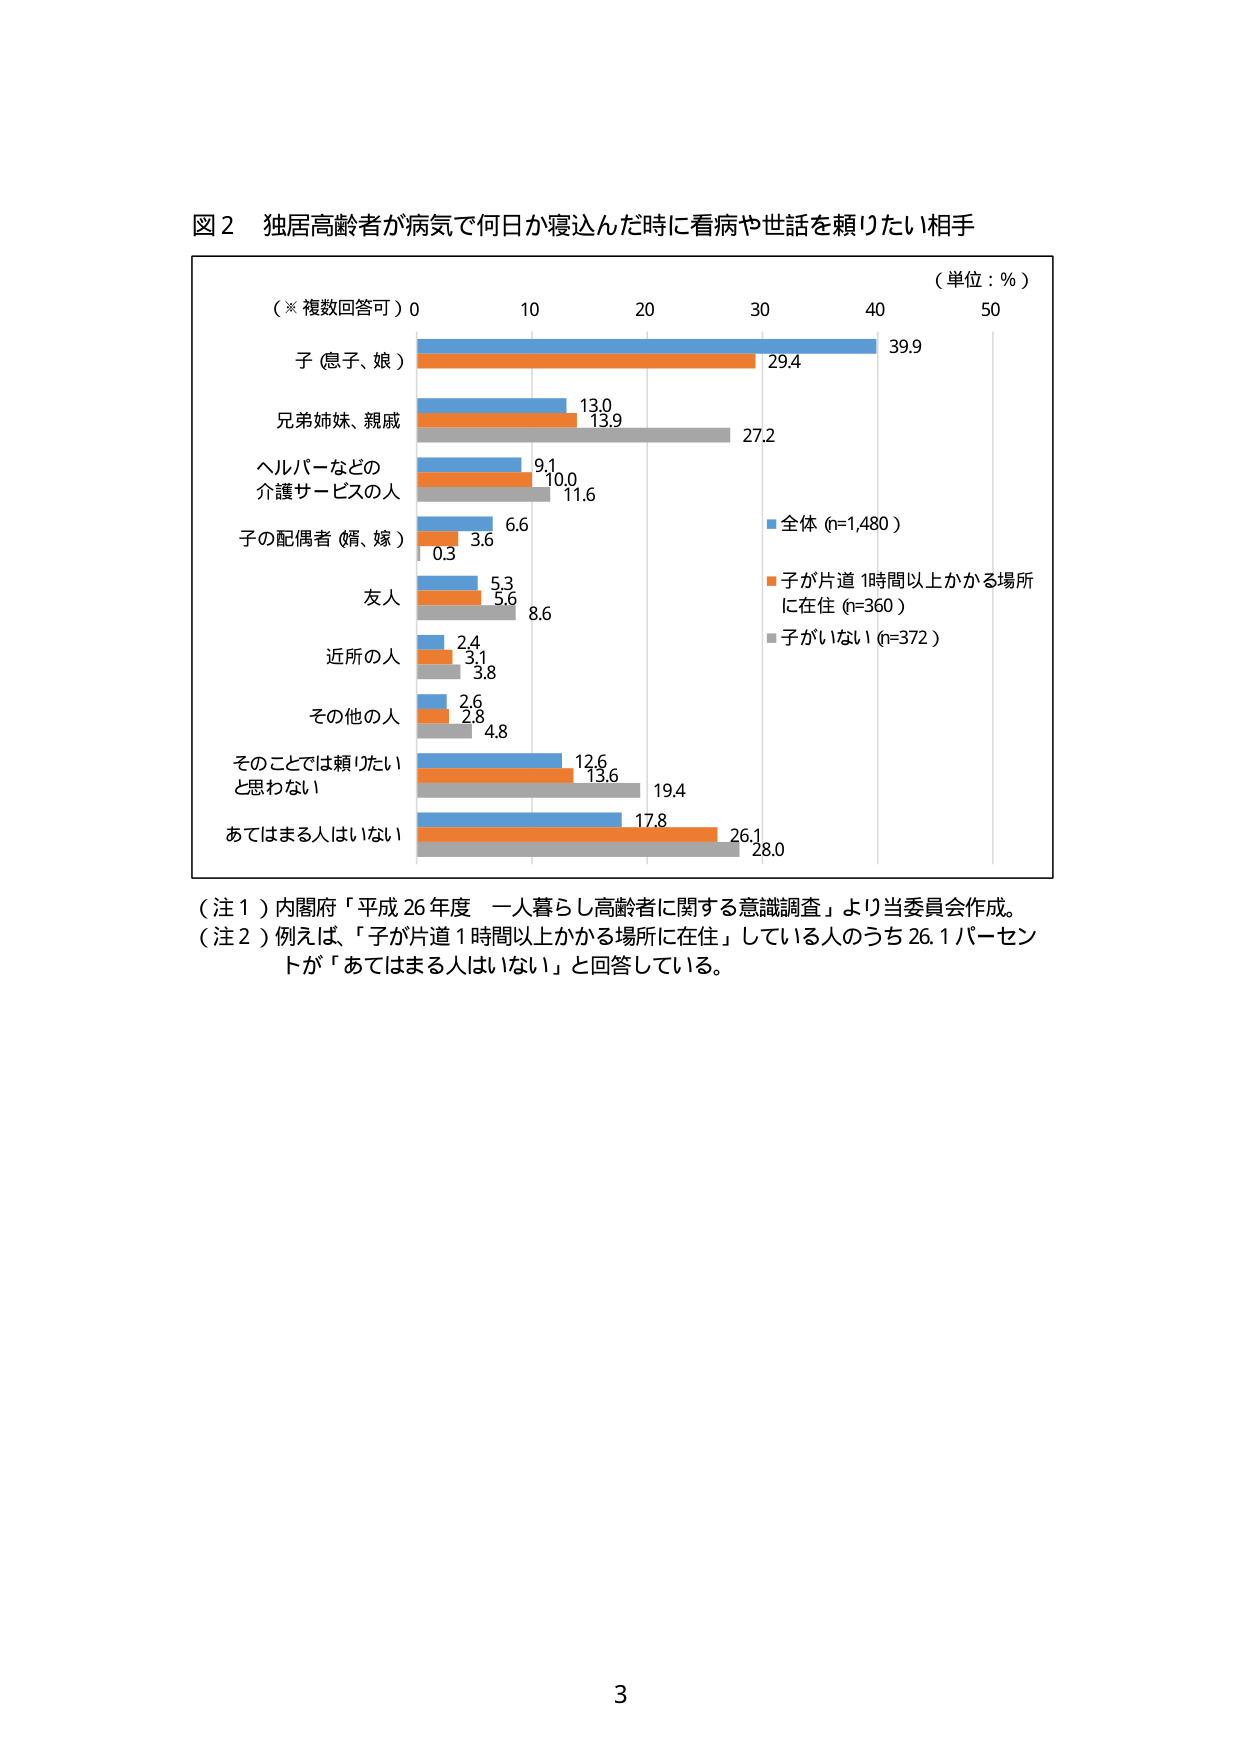
図２ 独居高齢者が病気で何日か寝込んだ時に看病や世話を頼りたい相手

（※複数回答可） 0 10 20 30 40 50
（単位：％）

子（息子、娘） 39.9 29.4
兄弟姉妹、親戚 13.0 13.9 27.2
ヘルパーなどの 9.1 10.0 11.6
介護サービスの人
子の配偶者（婿、嫁） 6.6 3.6 0.3
友人 5.3 5.6 8.6
近所の人 2.4 3.1 3.8
その他の人 2.6 2.8 4.8
そのことでは頼りたい 12.6 13.6 19.4
と思わない
あてはまる人はいない 17.8 26.1 28.0

■全体（n=1,480）
■子が片道1時間以上かかる場所
に在住（n=360）
■子がいない（n=372）

（注１）内閣府「平成26年度 一人暮らし高齢者に関する意識調査」より当委員会作成。
（注２）例えば、「子が片道1時間以上かかる場所に在住」している人のうち26.1パーセントが「あてはまる人はいない」と回答している。

3